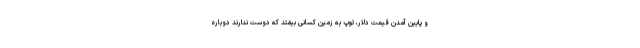
و پایین آمدن قیمت دلار، توپ به زمین کسانی بیفتد که دوست ندارند دوباره